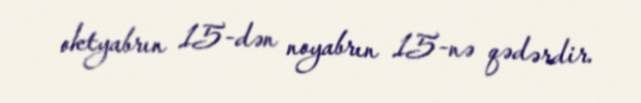
oktyabrın 15-dən noyabrın 15-nə qədərdir.